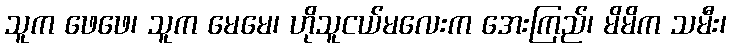
သူက ဖေဖေ၊ သူက မေမေ၊ ဟိုသူငယ်မလေးက အေးကြည်၊ မိမိက သမီး၊